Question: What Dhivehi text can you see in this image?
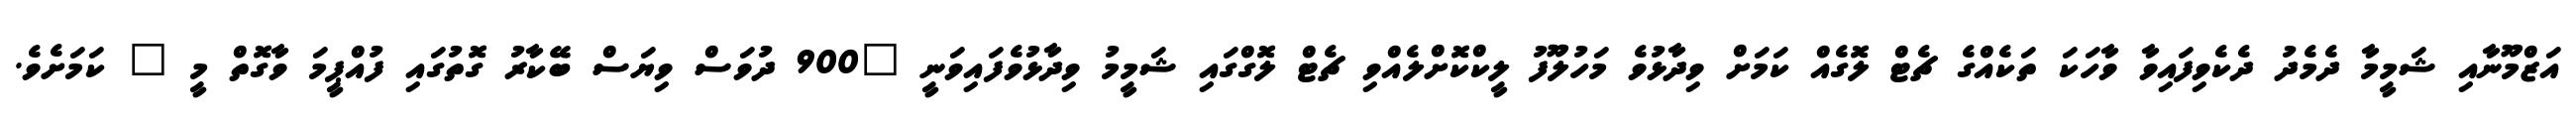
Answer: އަޒްމޫނާއި ޝަމީމާ ދެމެދު ދެކެވިފައިވާ ވާހަކަ ތަކެއްގެ ޗެޓް ލޮގެއް ކަމަށް ވިދާޅުވެ މަހުލޫފު ލީކްކޮށްލެއްވި ޗެޓް ލޮގްގައި ޝަމީމު ވިދާޅުވެފައިވަނީ "900 ދުވަސް ވިޔަސް ބޭކާރު ގޮތުގައި ފުއްޕީމަ ވާގޮތް މީ " ކަމަށެވެ.